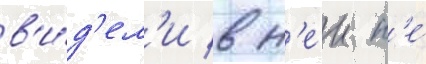
в'и́д'ел'и в н'еи н'е́